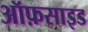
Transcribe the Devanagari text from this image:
ऑफ़साइड